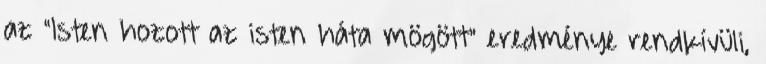
az "Isten hozott az isten háta mögött" eredménye rendkívüli,